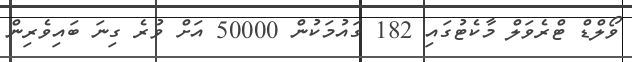
ވޯލްޑް ޓްރެވަލް މާކެޓުގައި 182 ގައުމަކުން 50000 އަށް ވުރެ ގިނަ ބައިވެރިން